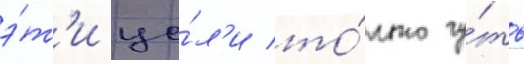
э́т'и це́л'и то́лько чу́ть